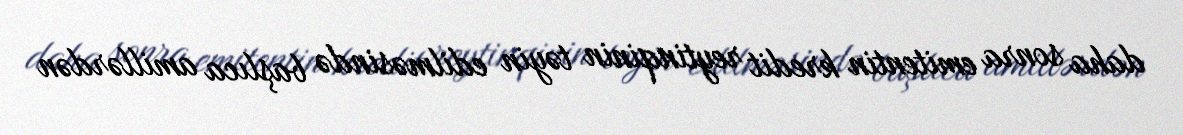
daha sonra emitentin kredit reytinqinin təyin edilməsində başlıca amillərdən